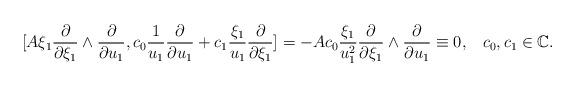
LaTeX: \begin{align*}[A\xi_1\frac{\partial}{\partial \xi_1}\wedge \frac{\partial}{\partial u_1}, c_0\frac{1}{u_1}\frac{\partial}{\partial u_1}+c_1\frac{\xi_1}{u_1}\frac{\partial}{\partial \xi_1}]=-Ac_0\frac{\xi_1}{u_1^2}\frac{\partial}{\partial \xi_1}\wedge \frac{\partial}{\partial u_1}\equiv 0, \,\,\,\,\,c_0,c_1\in \mathbb{C}.\end{align*}